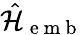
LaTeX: \hat{\mathcal{H}}_{\mathrm{~e~m~b~}}